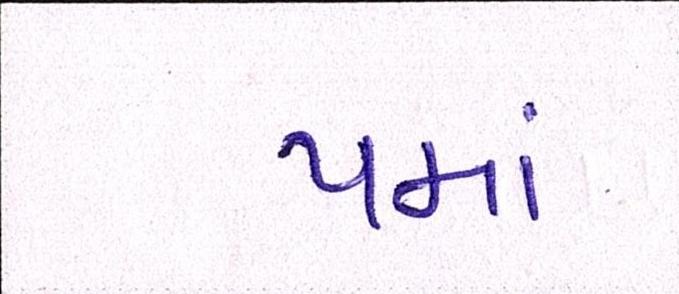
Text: પમાં